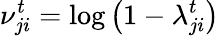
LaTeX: \nu_{ji}^{t}=\log\left(1-\lambda_{ji}^{t}\right)